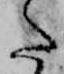
た